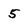
Character: 5